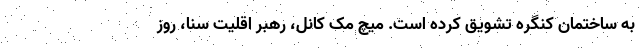
به ساختمان کنگره تشویق کرده است. میچ مک کانل، رهبر اقلیت سنا، روز